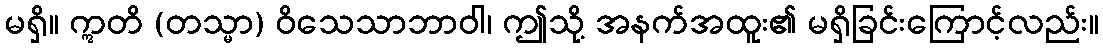
မရှိ။ ဣတိ (တသ္မာ) ဝိသေသာဘာဝါ၊ ဤသို့ အနက်အထူး၏ မရှိခြင်းကြောင့်လည်း။